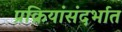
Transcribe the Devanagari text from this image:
प्रक्रियांसंदर्भात